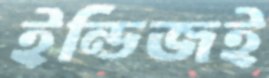
ইন্ডিজই